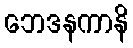
ဘေဒနကာနိ